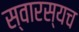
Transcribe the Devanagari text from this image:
स्वारस्यच